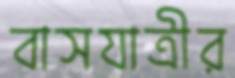
বাসযাত্রীর